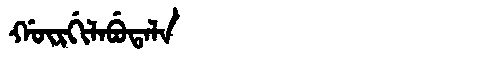
Manchu: ᡤᡡᡵᡤᡳᠯᠠᠪᡠᡨᠠᠯᠠ
Romanization: GŪRGILABUTALA